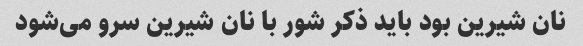
نان شیرین بود باید ذکر شور با نان شیرین سرو می‌شود